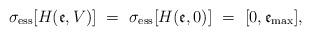
LaTeX: \begin{align*}\sigma _{\mathrm{ess}}[H(\mathfrak{e},V)]\ =\ \sigma _{\mathrm{ess}}[H(\mathfrak{e},0)]\ =\ [0,{\mathfrak{e}_{\mathrm{max}}}], \end{align*}